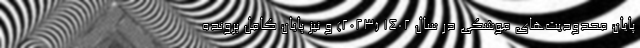
پایان محدودیت‌های موشکی در سال ۱۴۰۲ (۲۰۲۳) و نیز پایان کامل پرونده